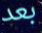
بعد